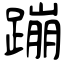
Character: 蹦